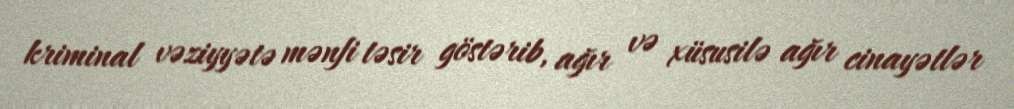
kriminal vəziyyətə mənfi təsir göstərib, ağır və xüsusilə ağır cinayətlər